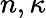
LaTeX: {n,\kappa}